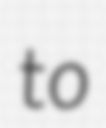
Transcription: to